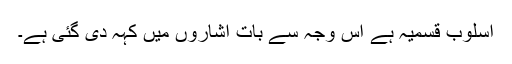
اسلوب قسمیہ ہے اس وجہ سے بات اشاروں میں کہہ دی گئی ہے۔